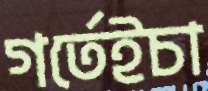
গর্তেইচা